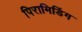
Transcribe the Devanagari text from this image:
पिरामिडिंग